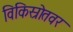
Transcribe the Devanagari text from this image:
विकिस्रोतवर